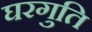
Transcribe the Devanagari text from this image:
घरगुति